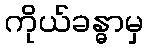
ကိုယ်ခန္ဓာမှ